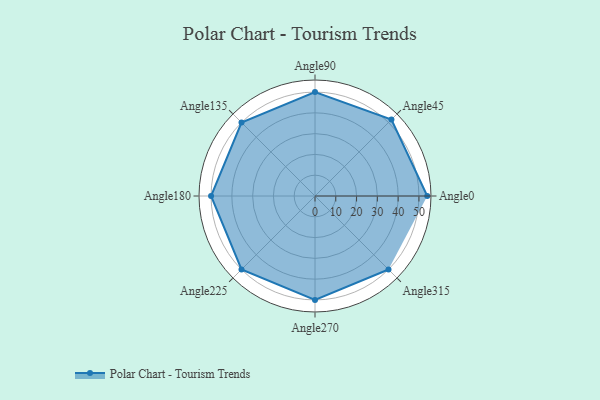
{"axis": {"x": "Angle", "y": "Radius"}, "legend": [""], "data": [{"x": "Angle0", "y": 54.0, "type": ""}, {"x": "Angle45", "y": 52.0, "type": ""}, {"x": "Angle90", "y": 50, "type": ""}, {"x": "Angle135", "y": 50, "type": ""}, {"x": "Angle180", "y": 50, "type": ""}, {"x": "Angle225", "y": 50, "type": ""}, {"x": "Angle270", "y": 50, "type": ""}, {"x": "Angle315", "y": 50, "type": ""}]}